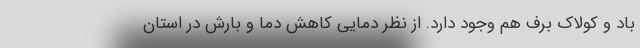
باد و کولاک برف هم وجود دارد. از نظر دمایی کاهش دما و بارش در استان